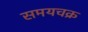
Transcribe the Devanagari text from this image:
समयचक्र